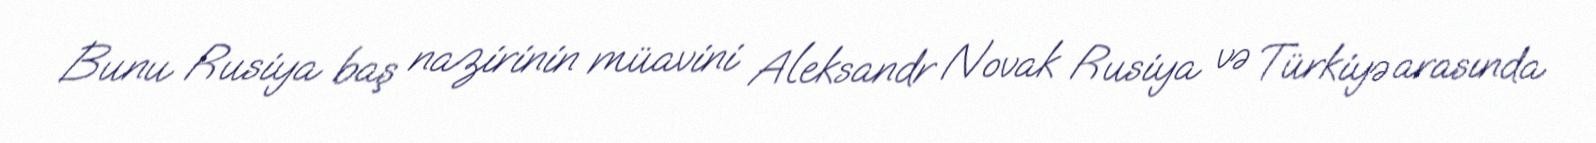
Bunu Rusiya baş nazirinin müavini Aleksandr Novak Rusiya və Türkiyə arasında